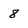
Character: 8